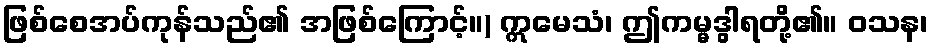
ဖြစ်စေအပ်ကုန်သည်၏ အဖြစ်ကြောင့်။) ဣမေသံ၊ ဤကမ္မဒွါရတို့၏။ ဝသန၊